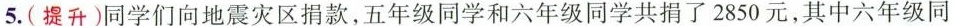
5.提升)同学们向地震灾区捐款，五年级同学和六年级同学共捐了2850元，其中六年级同